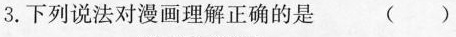
3.下列说法对漫画理解正确的是 ()